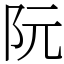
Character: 阮